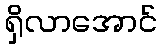
ရှိလာအောင်